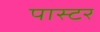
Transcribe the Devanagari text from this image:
पास्‍टर